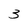
Character: 3